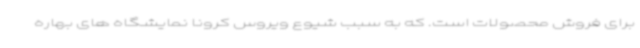
برای فروش محصولات است. که به سبب شیوع ویروس کرونا نمایشگاه های بهاره